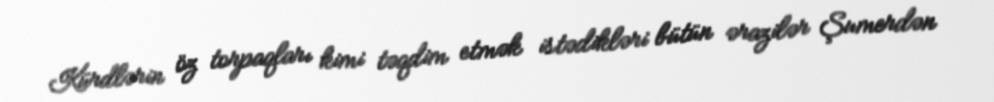
Kürdlərin öz torpaqları kimi təqdim etmək istədikləri bütün ərazilər Şumerdən